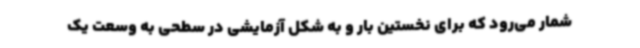
شمار می‌رود که برای نخستین بار و به شکل آزمایشی در سطحی به وسعت یک